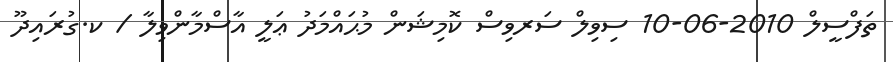
ތަފްސީލް 2010-06-10 ސިވިލް ސަރވިސް ކޮމިޝަން މުޙައްމަދު ޢަލީ އާސްމާންވިލާ / ކ.ގުރައިދޫ